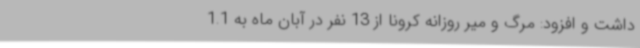
داشت و افزود: مرگ و میر روزانه کرونا از 13 نفر در آبان ماه به 1.1